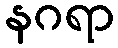
နဂရာ